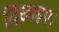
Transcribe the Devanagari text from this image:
दिखाइए।